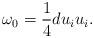
LaTeX: \begin{align*}\omega _0=\frac 14du_iu_i. \end{align*}